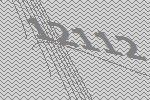
12112